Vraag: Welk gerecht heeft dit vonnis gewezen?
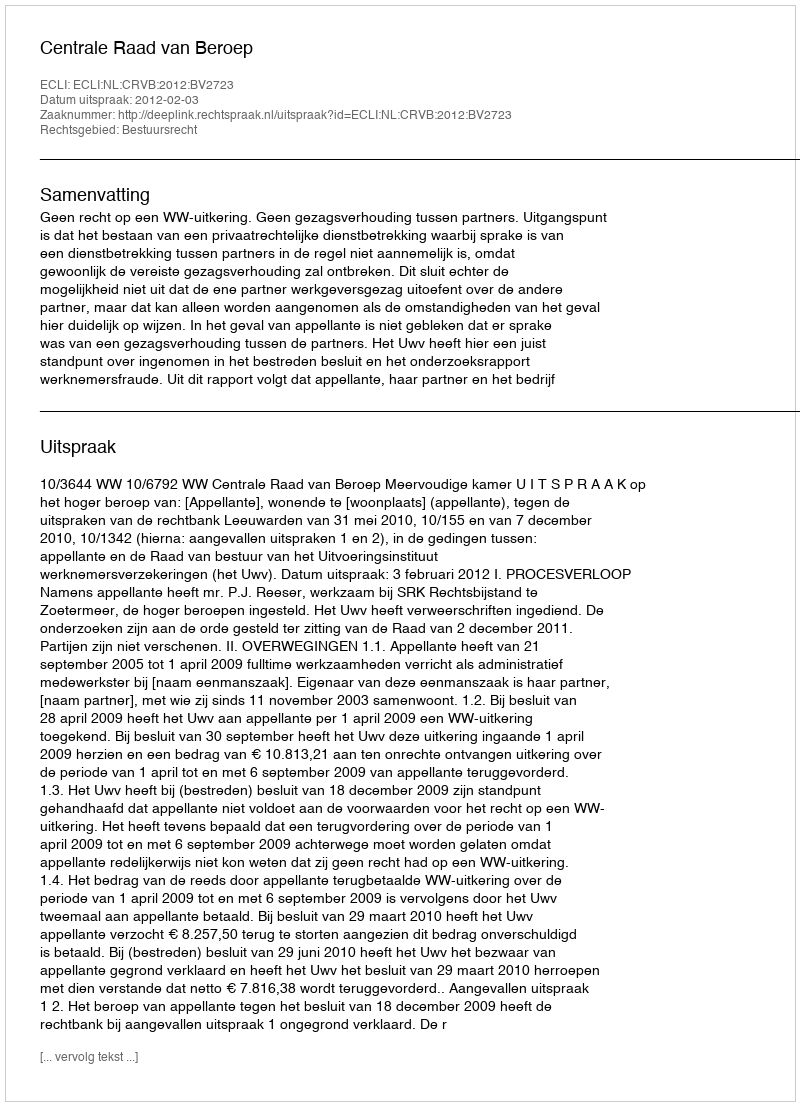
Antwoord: Centrale Raad van Beroep